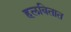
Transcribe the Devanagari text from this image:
हलवितात